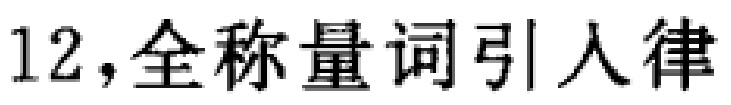
12，全称量词引入律